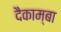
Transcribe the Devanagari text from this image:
दैकाम्बा